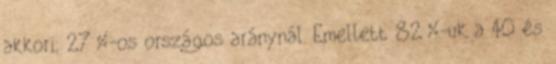
akkori, 27%-os országos aránynál. Emellett 82%-uk a 40 és